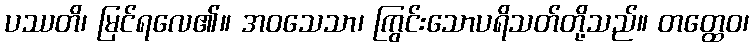
ပဿတိ၊ မြင်ရလေ၏။ အဝသေသာ၊ ကြွင်းသောပရိသတ်တို့သည်။ တတ္ထေဝ၊